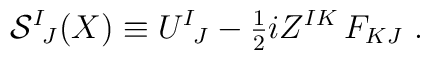
{\cal S}^I{}_{\!J}(X) \equiv U^I{}_{\!J} -{\textstyle{1\over 2}} iZ^{IK}\,F_{KJ}  \ .